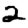
Digit: 2